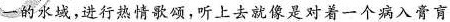
一的水域，进行热情歌颂，听上去就像是对着一个病入膏肓